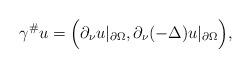
LaTeX: \begin{align*}\gamma^{\#} u = \Big{(}\partial_{\nu}u|_{\partial\Omega}, \partial_{\nu}(-\Delta)u|_{\partial\Omega}\Big{)},\end{align*}